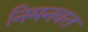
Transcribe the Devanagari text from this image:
निमनवत